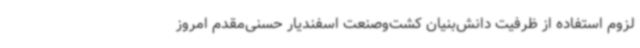
لزوم استفاده از ظرفیت دانش‌بنیان کشت‌وصنعت اسفندیار حسنی‌مقدم امروز